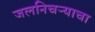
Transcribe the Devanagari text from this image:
जलनिचऱ्याचा